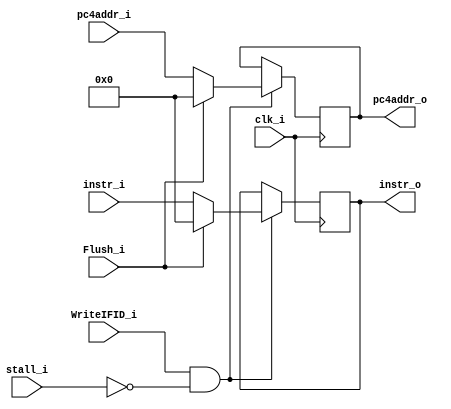
module IF_ID
(
    clk_i,
    Flush_i,
    WriteIFID_i,
	pc4addr_i,
	instr_i,
	stall_i,
	pc4addr_o,
	instr_o
);


input               clk_i, Flush_i, WriteIFID_i, stall_i;
input   [31:0]      pc4addr_i, instr_i;
output  [31:0]      pc4addr_o, instr_o;

reg     [31:0]      pc4addr_o, instr_o;

always@(posedge clk_i) begin
  //$display("instr_i: %b", instr_i);
  //$display("instr_o: %b", instr_o);
  //$display("Writeifid_i_in: %b", WriteIFID_i);
    if(WriteIFID_i && ~stall_i) begin
		if(Flush_i) begin
			pc4addr_o <= 32'b0;
			instr_o <= 32'b0;
		end
		else begin
			pc4addr_o <= pc4addr_i;
			instr_o <= instr_i;
		end
    end
    else begin
    	pc4addr_o <= pc4addr_o;
		instr_o <= instr_o;
    end
end

endmodule